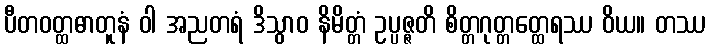
ပီတဝတ္ထဓာတူနံ ဝါ အညတရံ ဒိသွာဝ နိမိတ္တံ ဥပ္ပဇ္ဇတိ စိတ္တဂုတ္တတ္ထေရဿ ဝိယ။ တဿ